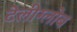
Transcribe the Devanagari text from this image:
टेलीग्लोब